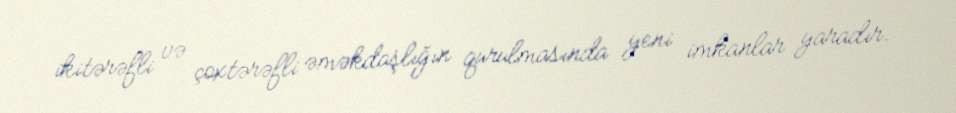
ikitərəfli və çoxtərəfli əməkdaşlığın qurulmasında yeni imkanlar yaradır.